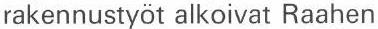
rakennustyöt alkoivat Raahen